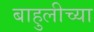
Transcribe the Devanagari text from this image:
बाहुलीच्या